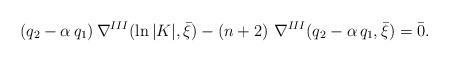
LaTeX: \begin{align*}(q_{2}-\alpha \,q_{1})\, \nabla^{III}(\ln|K|,\bar{\xi})-\left( n+2\right) \,\nabla^{III}(q_{2}-\alpha \,q_{1},\bar{\xi})=\bar{0}. \end{align*}